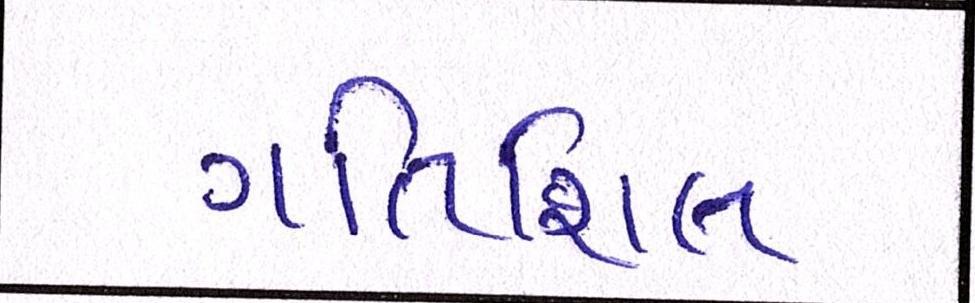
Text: ગતિશિલ